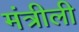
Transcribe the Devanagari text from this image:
मंत्रीली